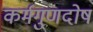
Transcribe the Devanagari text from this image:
कर्मगुणदोष